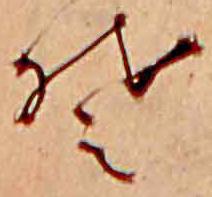
そ